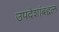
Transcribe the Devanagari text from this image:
उपदेशांबद्दल